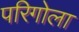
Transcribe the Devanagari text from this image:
परिगोला